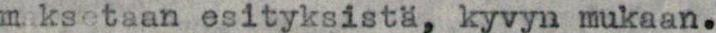
maksetaan esityksistä, kyvyn mukaan.